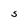
Character: S